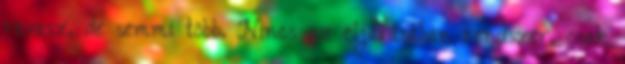
ravasz, de semmi több. Nincs az eljárásában rendszer, csak